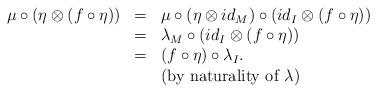
LaTeX: \begin{align*}\begin{array}{lll}\mu\circ (\eta\otimes(f\circ \eta))&=&\mu\circ ( \eta\otimes id_M)\circ (id_I\otimes (f\circ\eta))\\&=&\lambda_M\circ (id_I\otimes (f\circ\eta))\\&=&(f\circ \eta)\circ \lambda_I.\\&&\mbox{(by naturality of $\lambda$)}\end{array}\end{align*}